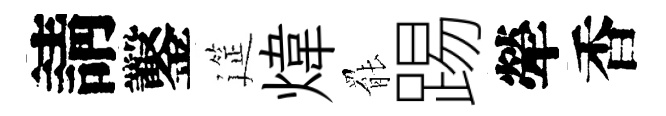
請鑿筵煒罷踢犖香